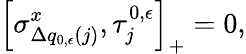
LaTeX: \left[\sigma_{\Delta q_{0,\epsilon}(j)}^{x},\tau_{j}^{0,\epsilon}\right]_{+}=0,